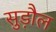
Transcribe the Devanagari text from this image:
सुड़ौल